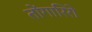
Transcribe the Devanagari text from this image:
तोंगारिरो